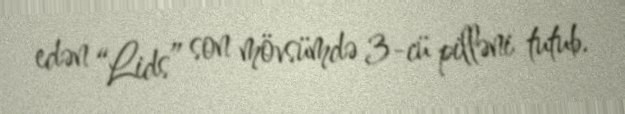
edən “Lids” son mövsümdə 3-cü pilləni tutub.